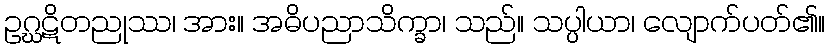
ဥဂ္ဃဋိတညုဿ၊ အား။ အဓိပညာသိက္ခာ၊ သည်။ သပ္ပါယာ၊ လျောက်ပတ်၏။